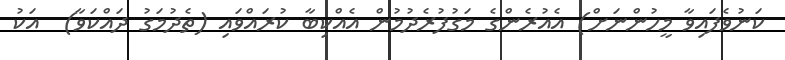
ކަނުވެފައިވާ މީހުންނަށް) އެއުރެންގެ މަގުފުރެދުމުން އެއްކިބާ ކުރައްވައި (ތެދުމަގު ދައްކަވާ)  އަކު